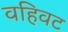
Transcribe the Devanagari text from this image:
वहिवट